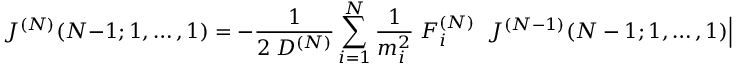
J ^ { ( N ) } ( N - 1 ; 1 , \ldots , 1 ) = - \frac { 1 } { 2 \; D ^ { ( N ) } } \sum _ { i = 1 } ^ { N } \frac { 1 } { m _ { i } ^ { 2 } } \; F _ { i } ^ { ( N ) } \; \left. J ^ { ( N - 1 ) } ( N - 1 ; 1 , \ldots , 1 ) \right| _ { \mathrm { \scriptsize ~ w i t h o u t } \; i } .